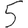
Digit: 5